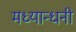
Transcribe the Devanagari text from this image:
मध्यान्धनी